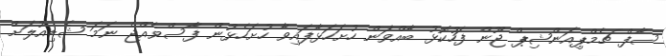
ސާފް ޗެމްޕިއަންޝިޕް ޖޫން ފަހުކޮޅު ބާއްވަން ހުށަހަޅާފައިވާ ހުށަހެޅުން ފާސްވެެއްޖެ ނަމަ ޝެޑިއުލަށް